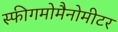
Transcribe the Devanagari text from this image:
स्फीगमोमैनोमीटर